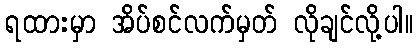
ရထားမှာ အိပ်စင်လက်မှတ် လိုချင်လို့ပါ။